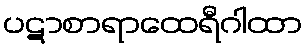
ပဋာစာရာထေရီဂါထာ